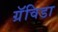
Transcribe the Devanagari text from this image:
ग्रॅविडा